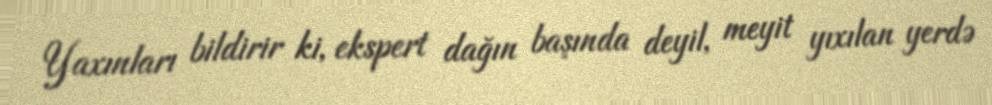
Yaxınları bildirir ki, ekspert dağın başında deyil, meyit yıxılan yerdə